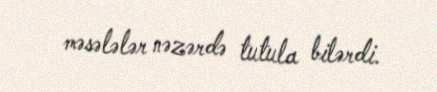
məsələlər nəzərdə tutula bilərdi.